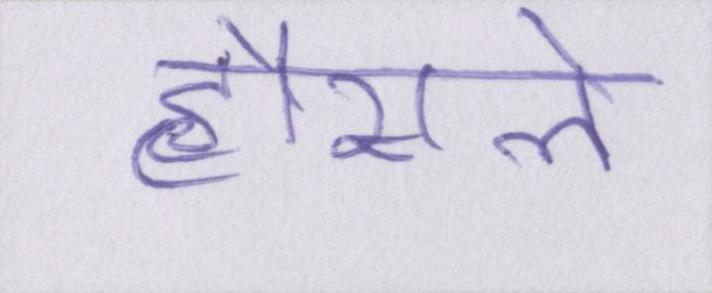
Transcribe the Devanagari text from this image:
हौसले